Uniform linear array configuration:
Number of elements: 4
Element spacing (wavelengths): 0.5
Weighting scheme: cosine
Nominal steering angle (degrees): -30
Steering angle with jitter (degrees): -29.823
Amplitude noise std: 0.05
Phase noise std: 0.05

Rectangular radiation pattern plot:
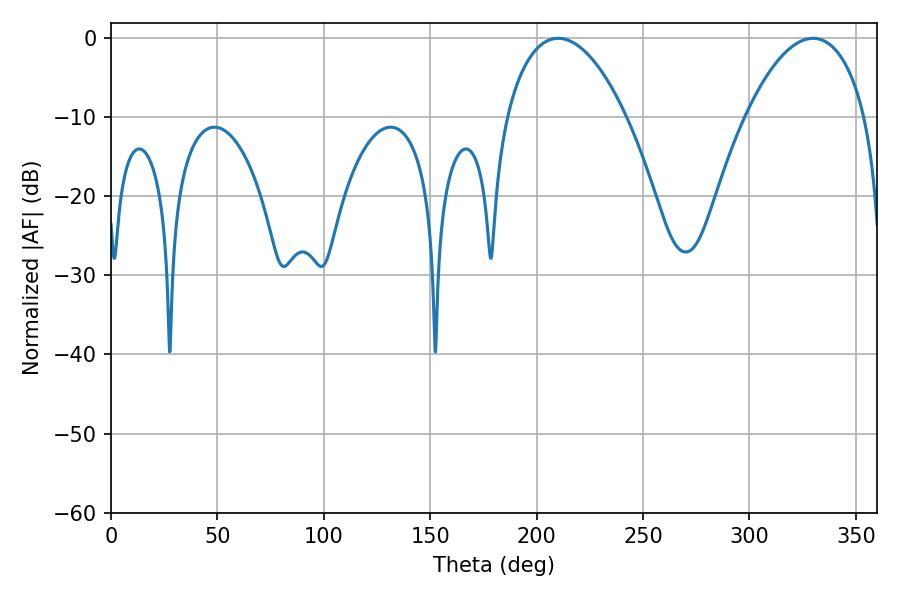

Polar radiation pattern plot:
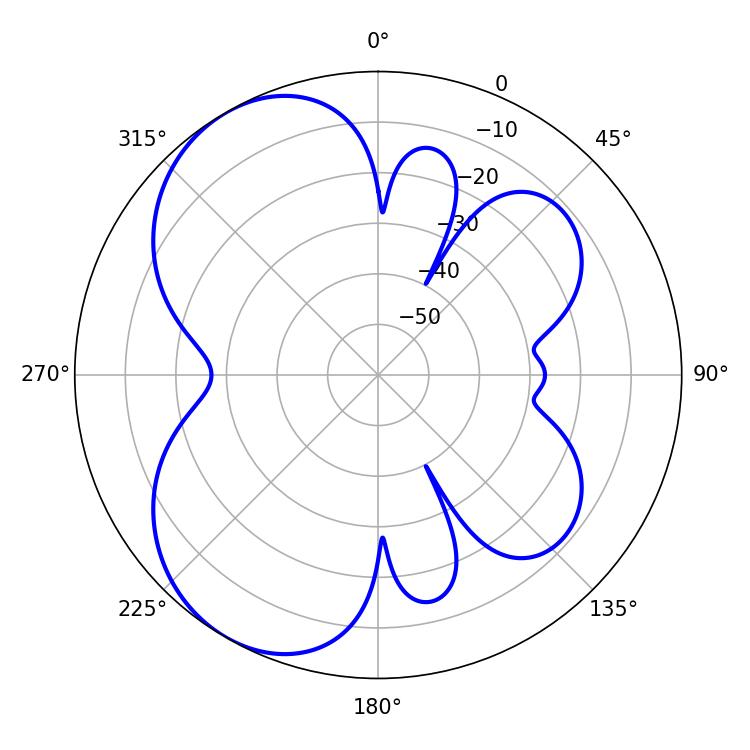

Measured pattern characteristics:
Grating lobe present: FALSE
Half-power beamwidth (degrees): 31.5
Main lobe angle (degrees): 210.06